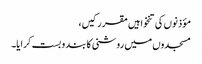
مؤذنوں کی تنخواہیں مقرر کیں،
مسجدوں میں روشنی کا بند و بست کرایا۔